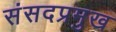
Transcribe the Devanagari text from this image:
संसदप्रमुख